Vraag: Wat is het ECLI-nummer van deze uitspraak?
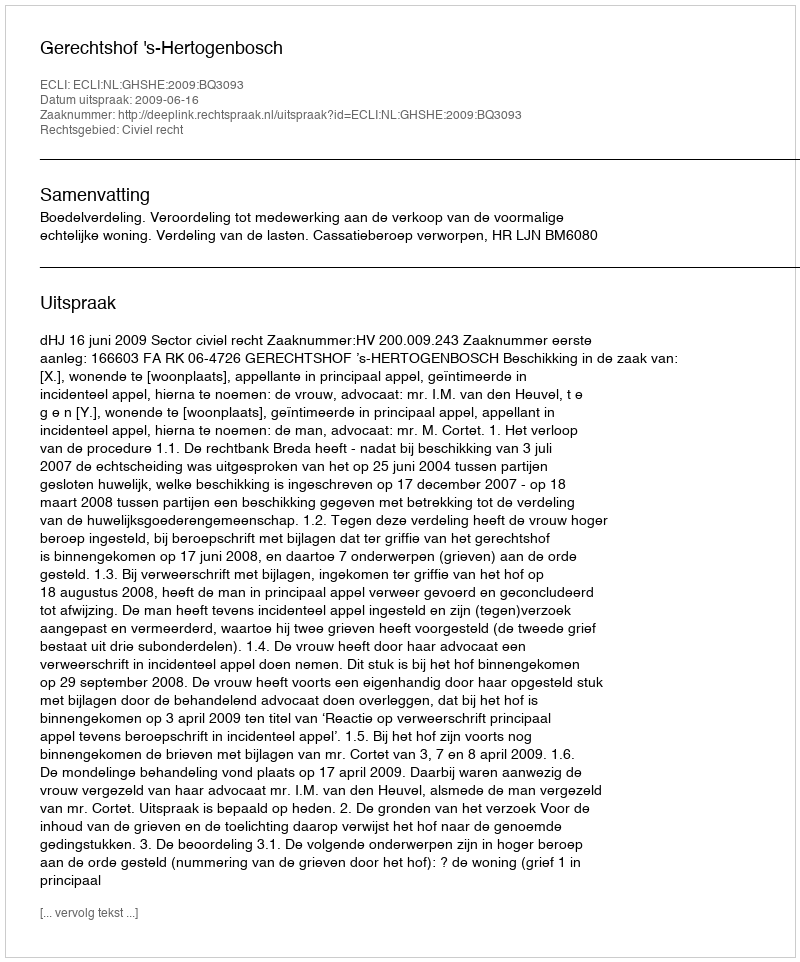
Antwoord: ECLI:NL:GHSHE:2009:BQ3093